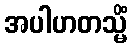
အပါဟတသ္မိံ